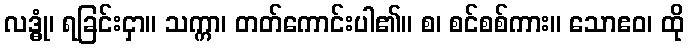
လဒ္ဓုံ၊ ရခြင်းငှာ။ သက္ကာ၊ တတ်ကောင်းပါ၏။ စ၊ စင်စစ်ကား။ သောဧဝ၊ ထို